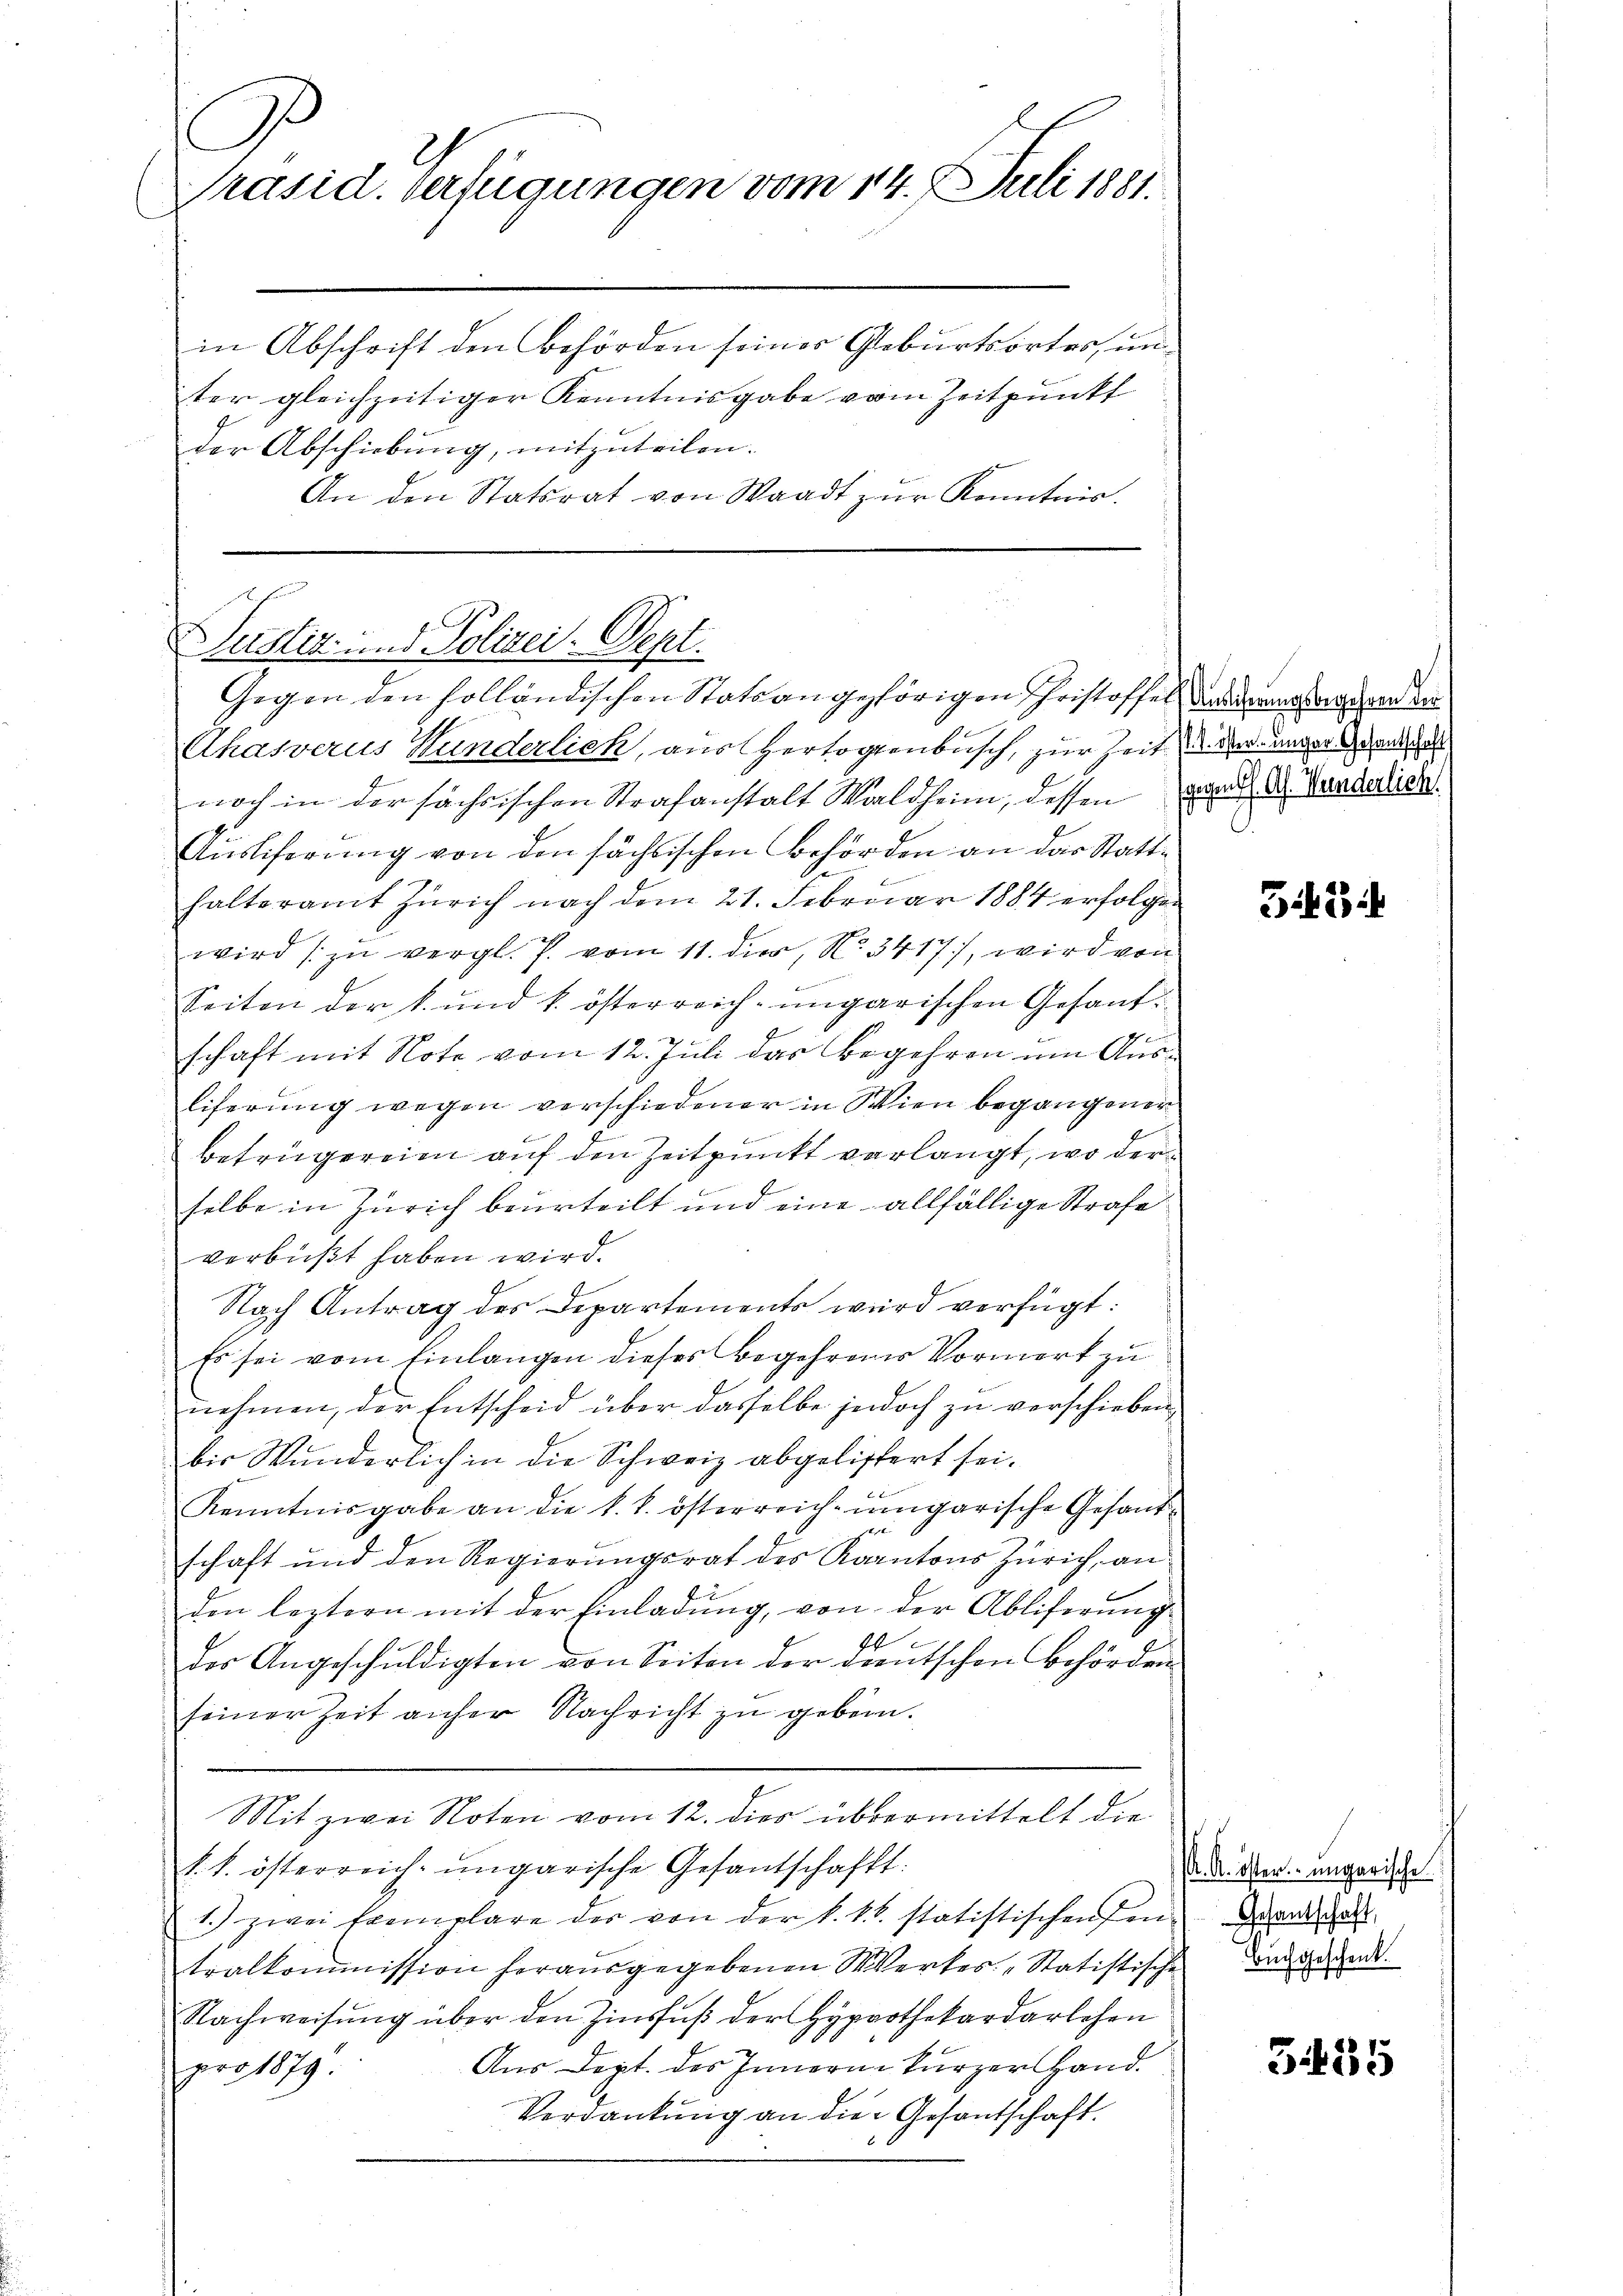
C
Präsid. Verfügungen vom 14. Juli 1881.

in Abschrift den Behörden seiner Geburtsortes, unter gleichzeitiger Kenntnisgabe vom Zeitpunkt
der Abschiebung, mitzuteilen.
An den Statsrat von Waadt zŭr Kenntnis.

Justiz- und Polizei. Sept.
Gegen den solländischen Statsangehörigen Christoffel, das erstag und der

Ahasverus Hunderlich, aus Hertogenbusch, zur Zeit der unger Grundscha
noch in der sächsischen Strafanstalt Waldheim, dessen und d. Vorderlich
2
Ausliferung von den sächsischen Behörden an das Statthalteramt Zürich nach dem 21. Februar 1884 erfolgen
wird zu vergl. J. vom 11. der, No. 3417), wird von
Seiten der k. und k. österreich-ungarischen Gesandschaft mit Note vom 12. Juli das Begehren um Ausliferung wegen verschiedener in Wien begangener
Betrügereien auf den Zeitpunkt verlangt, wo derselbe in Zürich beurteilt und eine allfällige Strafe
verbüßt haben wird.
Nach Antrag des Departements wird verfügt:
Es sei vom Einlangen dieses Begehrenes Vormerk zu
nehmen, der Entscheid über dasselbe jedoch zu verschieben
bis Wunderlich in die Schweiz abgelistert sei.
Kenntnisgabe an die k. k. österreich-ungarische Gesand-
schaft und den Regierungsrat des Kantons Zürich, an
den leztern mit der Einladung, von der Abliferung
t
der Angeschuldigten von Seiten der greutschen Behörden
seiner Zeit anher Nachricht zu geben.
Mit zwei Noten vom 12. dies übermittelt die
k. k. österreich- ungarische Gesantschafft.
1.) zwei Exemplare der von der k. k. b. statistischen Pen-
tralkommission herausgegebenen Werkes „Statistischen Bediegend.
Nachweisŭng über den Zinsfuß der Hypothekardarlehen
Aus dept. des Innern kurzer Hand.
pro 1879.
Verdankung an die Gesantschaft.

33

K. K. öster ungarische
Gesandschaft,

3455